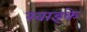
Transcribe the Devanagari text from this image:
खाइके